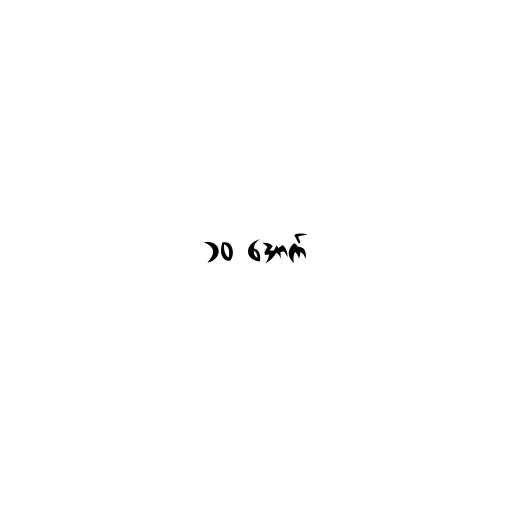
၁၀ အောက်